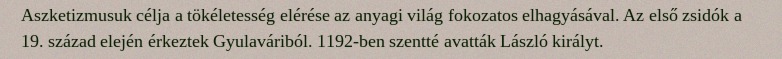
Aszketizmusuk célja a tökéletesség elérése az anyagi világ fokozatos elhagyásával. Az el­ső zsidók a 19. század elején érkeztek Gyulaváriból. 1192-ben szentté avatták László királyt.